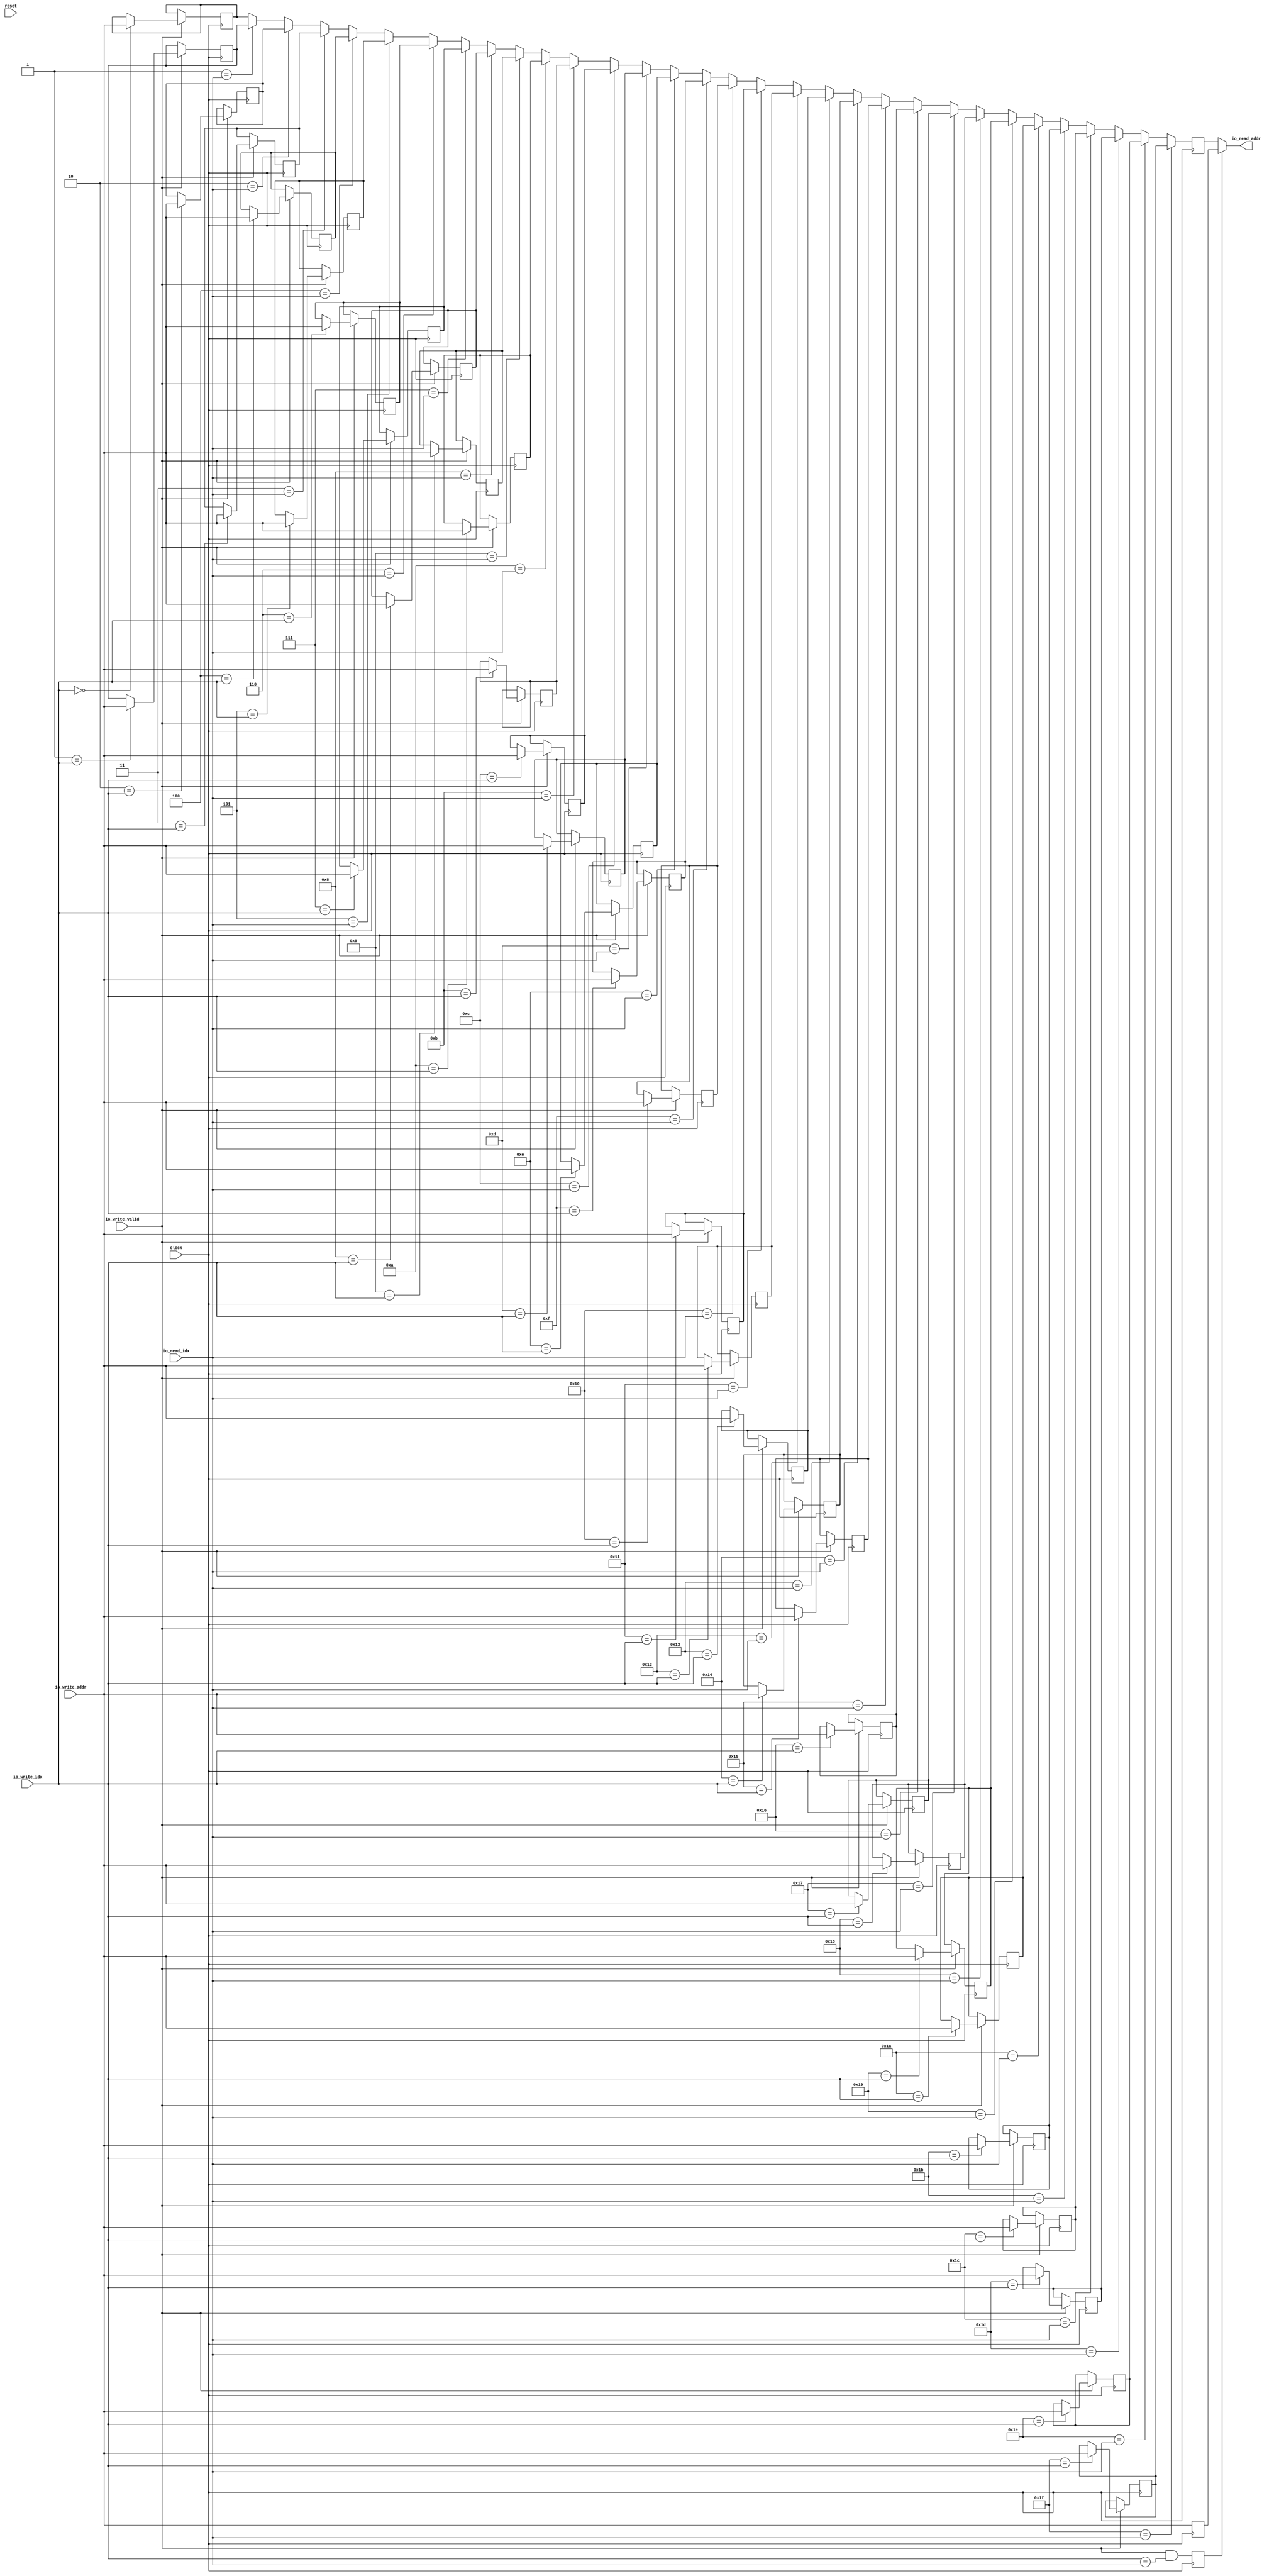
module BoomRAS(
  input         clock,
  input         reset,
  input  [4:0]  io_read_idx,
  output [39:0] io_read_addr,
  input         io_write_valid,
  input  [4:0]  io_write_idx,
  input  [39:0] io_write_addr
);
`ifdef RANDOMIZE_REG_INIT
  reg [63:0] _RAND_0;
  reg [63:0] _RAND_1;
  reg [63:0] _RAND_2;
  reg [63:0] _RAND_3;
  reg [63:0] _RAND_4;
  reg [63:0] _RAND_5;
  reg [63:0] _RAND_6;
  reg [63:0] _RAND_7;
  reg [63:0] _RAND_8;
  reg [63:0] _RAND_9;
  reg [63:0] _RAND_10;
  reg [63:0] _RAND_11;
  reg [63:0] _RAND_12;
  reg [63:0] _RAND_13;
  reg [63:0] _RAND_14;
  reg [63:0] _RAND_15;
  reg [63:0] _RAND_16;
  reg [63:0] _RAND_17;
  reg [63:0] _RAND_18;
  reg [63:0] _RAND_19;
  reg [63:0] _RAND_20;
  reg [63:0] _RAND_21;
  reg [63:0] _RAND_22;
  reg [63:0] _RAND_23;
  reg [63:0] _RAND_24;
  reg [63:0] _RAND_25;
  reg [63:0] _RAND_26;
  reg [63:0] _RAND_27;
  reg [63:0] _RAND_28;
  reg [63:0] _RAND_29;
  reg [63:0] _RAND_30;
  reg [63:0] _RAND_31;
  reg [31:0] _RAND_32;
  reg [63:0] _RAND_33;
  reg [63:0] _RAND_34;
`endif // RANDOMIZE_REG_INIT
  reg [39:0] ras_0; // @[ras.scala 37:16]
  reg [39:0] ras_1; // @[ras.scala 37:16]
  reg [39:0] ras_2; // @[ras.scala 37:16]
  reg [39:0] ras_3; // @[ras.scala 37:16]
  reg [39:0] ras_4; // @[ras.scala 37:16]
  reg [39:0] ras_5; // @[ras.scala 37:16]
  reg [39:0] ras_6; // @[ras.scala 37:16]
  reg [39:0] ras_7; // @[ras.scala 37:16]
  reg [39:0] ras_8; // @[ras.scala 37:16]
  reg [39:0] ras_9; // @[ras.scala 37:16]
  reg [39:0] ras_10; // @[ras.scala 37:16]
  reg [39:0] ras_11; // @[ras.scala 37:16]
  reg [39:0] ras_12; // @[ras.scala 37:16]
  reg [39:0] ras_13; // @[ras.scala 37:16]
  reg [39:0] ras_14; // @[ras.scala 37:16]
  reg [39:0] ras_15; // @[ras.scala 37:16]
  reg [39:0] ras_16; // @[ras.scala 37:16]
  reg [39:0] ras_17; // @[ras.scala 37:16]
  reg [39:0] ras_18; // @[ras.scala 37:16]
  reg [39:0] ras_19; // @[ras.scala 37:16]
  reg [39:0] ras_20; // @[ras.scala 37:16]
  reg [39:0] ras_21; // @[ras.scala 37:16]
  reg [39:0] ras_22; // @[ras.scala 37:16]
  reg [39:0] ras_23; // @[ras.scala 37:16]
  reg [39:0] ras_24; // @[ras.scala 37:16]
  reg [39:0] ras_25; // @[ras.scala 37:16]
  reg [39:0] ras_26; // @[ras.scala 37:16]
  reg [39:0] ras_27; // @[ras.scala 37:16]
  reg [39:0] ras_28; // @[ras.scala 37:16]
  reg [39:0] ras_29; // @[ras.scala 37:16]
  reg [39:0] ras_30; // @[ras.scala 37:16]
  reg [39:0] ras_31; // @[ras.scala 37:16]
  reg  REG; // @[ras.scala 39:30]
  reg [39:0] REG_1; // @[ras.scala 40:12]
  reg [39:0] REG_2; // @[ras.scala 41:12]
  wire [39:0] _GEN_1 = 5'h1 == io_read_idx ? ras_1 : ras_0; // @[ras.scala 41:12 ras.scala 41:12]
  wire [39:0] _GEN_2 = 5'h2 == io_read_idx ? ras_2 : _GEN_1; // @[ras.scala 41:12 ras.scala 41:12]
  wire [39:0] _GEN_3 = 5'h3 == io_read_idx ? ras_3 : _GEN_2; // @[ras.scala 41:12 ras.scala 41:12]
  wire [39:0] _GEN_4 = 5'h4 == io_read_idx ? ras_4 : _GEN_3; // @[ras.scala 41:12 ras.scala 41:12]
  wire [39:0] _GEN_5 = 5'h5 == io_read_idx ? ras_5 : _GEN_4; // @[ras.scala 41:12 ras.scala 41:12]
  wire [39:0] _GEN_6 = 5'h6 == io_read_idx ? ras_6 : _GEN_5; // @[ras.scala 41:12 ras.scala 41:12]
  wire [39:0] _GEN_7 = 5'h7 == io_read_idx ? ras_7 : _GEN_6; // @[ras.scala 41:12 ras.scala 41:12]
  wire [39:0] _GEN_8 = 5'h8 == io_read_idx ? ras_8 : _GEN_7; // @[ras.scala 41:12 ras.scala 41:12]
  wire [39:0] _GEN_9 = 5'h9 == io_read_idx ? ras_9 : _GEN_8; // @[ras.scala 41:12 ras.scala 41:12]
  wire [39:0] _GEN_10 = 5'ha == io_read_idx ? ras_10 : _GEN_9; // @[ras.scala 41:12 ras.scala 41:12]
  wire [39:0] _GEN_11 = 5'hb == io_read_idx ? ras_11 : _GEN_10; // @[ras.scala 41:12 ras.scala 41:12]
  wire [39:0] _GEN_12 = 5'hc == io_read_idx ? ras_12 : _GEN_11; // @[ras.scala 41:12 ras.scala 41:12]
  wire [39:0] _GEN_13 = 5'hd == io_read_idx ? ras_13 : _GEN_12; // @[ras.scala 41:12 ras.scala 41:12]
  wire [39:0] _GEN_14 = 5'he == io_read_idx ? ras_14 : _GEN_13; // @[ras.scala 41:12 ras.scala 41:12]
  wire [39:0] _GEN_15 = 5'hf == io_read_idx ? ras_15 : _GEN_14; // @[ras.scala 41:12 ras.scala 41:12]
  wire [39:0] _GEN_16 = 5'h10 == io_read_idx ? ras_16 : _GEN_15; // @[ras.scala 41:12 ras.scala 41:12]
  wire [39:0] _GEN_17 = 5'h11 == io_read_idx ? ras_17 : _GEN_16; // @[ras.scala 41:12 ras.scala 41:12]
  wire [39:0] _GEN_18 = 5'h12 == io_read_idx ? ras_18 : _GEN_17; // @[ras.scala 41:12 ras.scala 41:12]
  wire [39:0] _GEN_19 = 5'h13 == io_read_idx ? ras_19 : _GEN_18; // @[ras.scala 41:12 ras.scala 41:12]
  wire [39:0] _GEN_20 = 5'h14 == io_read_idx ? ras_20 : _GEN_19; // @[ras.scala 41:12 ras.scala 41:12]
  wire [39:0] _GEN_21 = 5'h15 == io_read_idx ? ras_21 : _GEN_20; // @[ras.scala 41:12 ras.scala 41:12]
  wire [39:0] _GEN_22 = 5'h16 == io_read_idx ? ras_22 : _GEN_21; // @[ras.scala 41:12 ras.scala 41:12]
  wire [39:0] _GEN_23 = 5'h17 == io_read_idx ? ras_23 : _GEN_22; // @[ras.scala 41:12 ras.scala 41:12]
  wire [39:0] _GEN_24 = 5'h18 == io_read_idx ? ras_24 : _GEN_23; // @[ras.scala 41:12 ras.scala 41:12]
  wire [39:0] _GEN_25 = 5'h19 == io_read_idx ? ras_25 : _GEN_24; // @[ras.scala 41:12 ras.scala 41:12]
  wire [39:0] _GEN_26 = 5'h1a == io_read_idx ? ras_26 : _GEN_25; // @[ras.scala 41:12 ras.scala 41:12]
  wire [39:0] _GEN_27 = 5'h1b == io_read_idx ? ras_27 : _GEN_26; // @[ras.scala 41:12 ras.scala 41:12]
  assign io_read_addr = REG ? REG_1 : REG_2; // @[ras.scala 39:22]
  always @(posedge clock) begin
    if (io_write_valid) begin // @[ras.scala 43:25]
      if (5'h0 == io_write_idx) begin // @[ras.scala 44:23]
        ras_0 <= io_write_addr; // @[ras.scala 44:23]
      end
    end
    if (io_write_valid) begin // @[ras.scala 43:25]
      if (5'h1 == io_write_idx) begin // @[ras.scala 44:23]
        ras_1 <= io_write_addr; // @[ras.scala 44:23]
      end
    end
    if (io_write_valid) begin // @[ras.scala 43:25]
      if (5'h2 == io_write_idx) begin // @[ras.scala 44:23]
        ras_2 <= io_write_addr; // @[ras.scala 44:23]
      end
    end
    if (io_write_valid) begin // @[ras.scala 43:25]
      if (5'h3 == io_write_idx) begin // @[ras.scala 44:23]
        ras_3 <= io_write_addr; // @[ras.scala 44:23]
      end
    end
    if (io_write_valid) begin // @[ras.scala 43:25]
      if (5'h4 == io_write_idx) begin // @[ras.scala 44:23]
        ras_4 <= io_write_addr; // @[ras.scala 44:23]
      end
    end
    if (io_write_valid) begin // @[ras.scala 43:25]
      if (5'h5 == io_write_idx) begin // @[ras.scala 44:23]
        ras_5 <= io_write_addr; // @[ras.scala 44:23]
      end
    end
    if (io_write_valid) begin // @[ras.scala 43:25]
      if (5'h6 == io_write_idx) begin // @[ras.scala 44:23]
        ras_6 <= io_write_addr; // @[ras.scala 44:23]
      end
    end
    if (io_write_valid) begin // @[ras.scala 43:25]
      if (5'h7 == io_write_idx) begin // @[ras.scala 44:23]
        ras_7 <= io_write_addr; // @[ras.scala 44:23]
      end
    end
    if (io_write_valid) begin // @[ras.scala 43:25]
      if (5'h8 == io_write_idx) begin // @[ras.scala 44:23]
        ras_8 <= io_write_addr; // @[ras.scala 44:23]
      end
    end
    if (io_write_valid) begin // @[ras.scala 43:25]
      if (5'h9 == io_write_idx) begin // @[ras.scala 44:23]
        ras_9 <= io_write_addr; // @[ras.scala 44:23]
      end
    end
    if (io_write_valid) begin // @[ras.scala 43:25]
      if (5'ha == io_write_idx) begin // @[ras.scala 44:23]
        ras_10 <= io_write_addr; // @[ras.scala 44:23]
      end
    end
    if (io_write_valid) begin // @[ras.scala 43:25]
      if (5'hb == io_write_idx) begin // @[ras.scala 44:23]
        ras_11 <= io_write_addr; // @[ras.scala 44:23]
      end
    end
    if (io_write_valid) begin // @[ras.scala 43:25]
      if (5'hc == io_write_idx) begin // @[ras.scala 44:23]
        ras_12 <= io_write_addr; // @[ras.scala 44:23]
      end
    end
    if (io_write_valid) begin // @[ras.scala 43:25]
      if (5'hd == io_write_idx) begin // @[ras.scala 44:23]
        ras_13 <= io_write_addr; // @[ras.scala 44:23]
      end
    end
    if (io_write_valid) begin // @[ras.scala 43:25]
      if (5'he == io_write_idx) begin // @[ras.scala 44:23]
        ras_14 <= io_write_addr; // @[ras.scala 44:23]
      end
    end
    if (io_write_valid) begin // @[ras.scala 43:25]
      if (5'hf == io_write_idx) begin // @[ras.scala 44:23]
        ras_15 <= io_write_addr; // @[ras.scala 44:23]
      end
    end
    if (io_write_valid) begin // @[ras.scala 43:25]
      if (5'h10 == io_write_idx) begin // @[ras.scala 44:23]
        ras_16 <= io_write_addr; // @[ras.scala 44:23]
      end
    end
    if (io_write_valid) begin // @[ras.scala 43:25]
      if (5'h11 == io_write_idx) begin // @[ras.scala 44:23]
        ras_17 <= io_write_addr; // @[ras.scala 44:23]
      end
    end
    if (io_write_valid) begin // @[ras.scala 43:25]
      if (5'h12 == io_write_idx) begin // @[ras.scala 44:23]
        ras_18 <= io_write_addr; // @[ras.scala 44:23]
      end
    end
    if (io_write_valid) begin // @[ras.scala 43:25]
      if (5'h13 == io_write_idx) begin // @[ras.scala 44:23]
        ras_19 <= io_write_addr; // @[ras.scala 44:23]
      end
    end
    if (io_write_valid) begin // @[ras.scala 43:25]
      if (5'h14 == io_write_idx) begin // @[ras.scala 44:23]
        ras_20 <= io_write_addr; // @[ras.scala 44:23]
      end
    end
    if (io_write_valid) begin // @[ras.scala 43:25]
      if (5'h15 == io_write_idx) begin // @[ras.scala 44:23]
        ras_21 <= io_write_addr; // @[ras.scala 44:23]
      end
    end
    if (io_write_valid) begin // @[ras.scala 43:25]
      if (5'h16 == io_write_idx) begin // @[ras.scala 44:23]
        ras_22 <= io_write_addr; // @[ras.scala 44:23]
      end
    end
    if (io_write_valid) begin // @[ras.scala 43:25]
      if (5'h17 == io_write_idx) begin // @[ras.scala 44:23]
        ras_23 <= io_write_addr; // @[ras.scala 44:23]
      end
    end
    if (io_write_valid) begin // @[ras.scala 43:25]
      if (5'h18 == io_write_idx) begin // @[ras.scala 44:23]
        ras_24 <= io_write_addr; // @[ras.scala 44:23]
      end
    end
    if (io_write_valid) begin // @[ras.scala 43:25]
      if (5'h19 == io_write_idx) begin // @[ras.scala 44:23]
        ras_25 <= io_write_addr; // @[ras.scala 44:23]
      end
    end
    if (io_write_valid) begin // @[ras.scala 43:25]
      if (5'h1a == io_write_idx) begin // @[ras.scala 44:23]
        ras_26 <= io_write_addr; // @[ras.scala 44:23]
      end
    end
    if (io_write_valid) begin // @[ras.scala 43:25]
      if (5'h1b == io_write_idx) begin // @[ras.scala 44:23]
        ras_27 <= io_write_addr; // @[ras.scala 44:23]
      end
    end
    if (io_write_valid) begin // @[ras.scala 43:25]
      if (5'h1c == io_write_idx) begin // @[ras.scala 44:23]
        ras_28 <= io_write_addr; // @[ras.scala 44:23]
      end
    end
    if (io_write_valid) begin // @[ras.scala 43:25]
      if (5'h1d == io_write_idx) begin // @[ras.scala 44:23]
        ras_29 <= io_write_addr; // @[ras.scala 44:23]
      end
    end
    if (io_write_valid) begin // @[ras.scala 43:25]
      if (5'h1e == io_write_idx) begin // @[ras.scala 44:23]
        ras_30 <= io_write_addr; // @[ras.scala 44:23]
      end
    end
    if (io_write_valid) begin // @[ras.scala 43:25]
      if (5'h1f == io_write_idx) begin // @[ras.scala 44:23]
        ras_31 <= io_write_addr; // @[ras.scala 44:23]
      end
    end
    REG <= io_write_valid & io_write_idx == io_read_idx; // @[ras.scala 39:46]
    REG_1 <= io_write_addr; // @[ras.scala 40:12]
    if (5'h1f == io_read_idx) begin // @[ras.scala 41:12]
      REG_2 <= ras_31; // @[ras.scala 41:12]
    end else if (5'h1e == io_read_idx) begin // @[ras.scala 41:12]
      REG_2 <= ras_30; // @[ras.scala 41:12]
    end else if (5'h1d == io_read_idx) begin // @[ras.scala 41:12]
      REG_2 <= ras_29; // @[ras.scala 41:12]
    end else if (5'h1c == io_read_idx) begin // @[ras.scala 41:12]
      REG_2 <= ras_28; // @[ras.scala 41:12]
    end else begin
      REG_2 <= _GEN_27;
    end
  end
// Register and memory initialization
`ifdef RANDOMIZE_GARBAGE_ASSIGN
`define RANDOMIZE
`endif
`ifdef RANDOMIZE_INVALID_ASSIGN
`define RANDOMIZE
`endif
`ifdef RANDOMIZE_REG_INIT
`define RANDOMIZE
`endif
`ifdef RANDOMIZE_MEM_INIT
`define RANDOMIZE
`endif
`ifndef RANDOM
`define RANDOM $random
`endif
`ifdef RANDOMIZE_MEM_INIT
  integer initvar;
`endif
`ifndef SYNTHESIS
`ifdef FIRRTL_BEFORE_INITIAL
`FIRRTL_BEFORE_INITIAL
`endif
initial begin
  `ifdef RANDOMIZE
    `ifdef INIT_RANDOM
      `INIT_RANDOM
    `endif
    `ifndef VERILATOR
      `ifdef RANDOMIZE_DELAY
        #`RANDOMIZE_DELAY begin end
      `else
        #0.002 begin end
      `endif
    `endif
`ifdef RANDOMIZE_REG_INIT
  _RAND_0 = {2{`RANDOM}};
  ras_0 = _RAND_0[39:0];
  _RAND_1 = {2{`RANDOM}};
  ras_1 = _RAND_1[39:0];
  _RAND_2 = {2{`RANDOM}};
  ras_2 = _RAND_2[39:0];
  _RAND_3 = {2{`RANDOM}};
  ras_3 = _RAND_3[39:0];
  _RAND_4 = {2{`RANDOM}};
  ras_4 = _RAND_4[39:0];
  _RAND_5 = {2{`RANDOM}};
  ras_5 = _RAND_5[39:0];
  _RAND_6 = {2{`RANDOM}};
  ras_6 = _RAND_6[39:0];
  _RAND_7 = {2{`RANDOM}};
  ras_7 = _RAND_7[39:0];
  _RAND_8 = {2{`RANDOM}};
  ras_8 = _RAND_8[39:0];
  _RAND_9 = {2{`RANDOM}};
  ras_9 = _RAND_9[39:0];
  _RAND_10 = {2{`RANDOM}};
  ras_10 = _RAND_10[39:0];
  _RAND_11 = {2{`RANDOM}};
  ras_11 = _RAND_11[39:0];
  _RAND_12 = {2{`RANDOM}};
  ras_12 = _RAND_12[39:0];
  _RAND_13 = {2{`RANDOM}};
  ras_13 = _RAND_13[39:0];
  _RAND_14 = {2{`RANDOM}};
  ras_14 = _RAND_14[39:0];
  _RAND_15 = {2{`RANDOM}};
  ras_15 = _RAND_15[39:0];
  _RAND_16 = {2{`RANDOM}};
  ras_16 = _RAND_16[39:0];
  _RAND_17 = {2{`RANDOM}};
  ras_17 = _RAND_17[39:0];
  _RAND_18 = {2{`RANDOM}};
  ras_18 = _RAND_18[39:0];
  _RAND_19 = {2{`RANDOM}};
  ras_19 = _RAND_19[39:0];
  _RAND_20 = {2{`RANDOM}};
  ras_20 = _RAND_20[39:0];
  _RAND_21 = {2{`RANDOM}};
  ras_21 = _RAND_21[39:0];
  _RAND_22 = {2{`RANDOM}};
  ras_22 = _RAND_22[39:0];
  _RAND_23 = {2{`RANDOM}};
  ras_23 = _RAND_23[39:0];
  _RAND_24 = {2{`RANDOM}};
  ras_24 = _RAND_24[39:0];
  _RAND_25 = {2{`RANDOM}};
  ras_25 = _RAND_25[39:0];
  _RAND_26 = {2{`RANDOM}};
  ras_26 = _RAND_26[39:0];
  _RAND_27 = {2{`RANDOM}};
  ras_27 = _RAND_27[39:0];
  _RAND_28 = {2{`RANDOM}};
  ras_28 = _RAND_28[39:0];
  _RAND_29 = {2{`RANDOM}};
  ras_29 = _RAND_29[39:0];
  _RAND_30 = {2{`RANDOM}};
  ras_30 = _RAND_30[39:0];
  _RAND_31 = {2{`RANDOM}};
  ras_31 = _RAND_31[39:0];
  _RAND_32 = {1{`RANDOM}};
  REG = _RAND_32[0:0];
  _RAND_33 = {2{`RANDOM}};
  REG_1 = _RAND_33[39:0];
  _RAND_34 = {2{`RANDOM}};
  REG_2 = _RAND_34[39:0];
`endif // RANDOMIZE_REG_INIT
  `endif // RANDOMIZE
end // initial
`ifdef FIRRTL_AFTER_INITIAL
`FIRRTL_AFTER_INITIAL
`endif
`endif // SYNTHESIS
endmodule